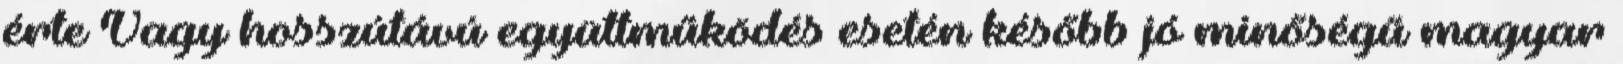
érte Vagy hosszútávú együttműködés esetén később jó minőségű magyar